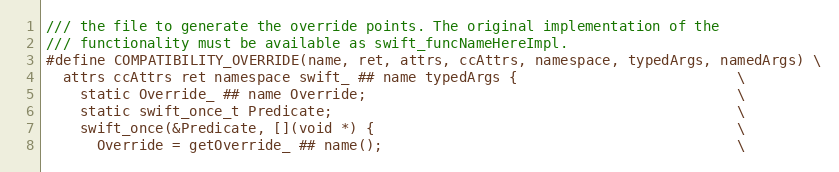
Language: C
/// the file to generate the override points. The original implementation of the
/// functionality must be available as swift_funcNameHereImpl.
#define COMPATIBILITY_OVERRIDE(name, ret, attrs, ccAttrs, namespace, typedArgs, namedArgs) \
  attrs ccAttrs ret namespace swift_ ## name typedArgs {                          \
    static Override_ ## name Override;                                            \
    static swift_once_t Predicate;                                                \
    swift_once(&Predicate, [](void *) {                                           \
      Override = getOverride_ ## name();                                          \